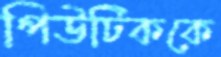
পিউটিককে